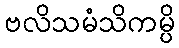
ဗလိသမံသိကမ္ပိ